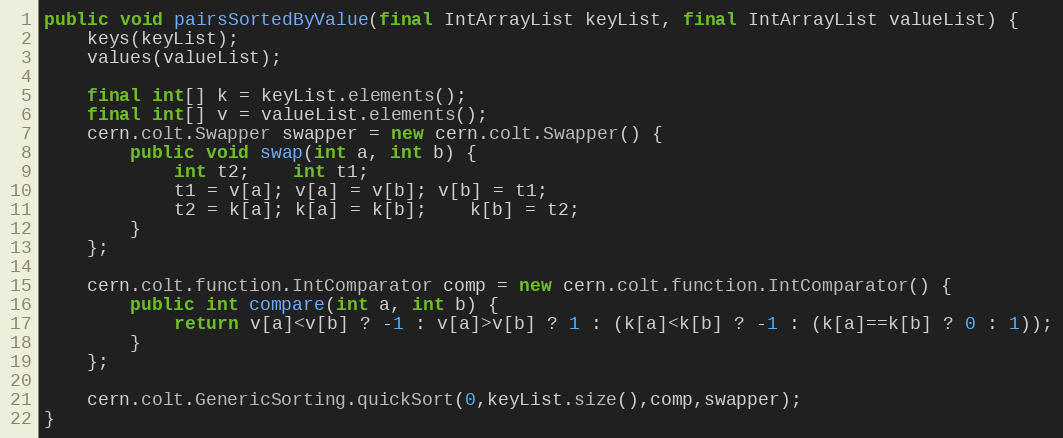
Language: Java
public void pairsSortedByValue(final IntArrayList keyList, final IntArrayList valueList) {
	keys(keyList);
	values(valueList);

	final int[] k = keyList.elements();
	final int[] v = valueList.elements();
	cern.colt.Swapper swapper = new cern.colt.Swapper() {
		public void swap(int a, int b) {
			int t2;	int t1;
			t1 = v[a]; v[a] = v[b]; v[b] = t1;
			t2 = k[a]; k[a] = k[b];	k[b] = t2;
		}
	};

	cern.colt.function.IntComparator comp = new cern.colt.function.IntComparator() {
		public int compare(int a, int b) {
			return v[a]<v[b] ? -1 : v[a]>v[b] ? 1 : (k[a]<k[b] ? -1 : (k[a]==k[b] ? 0 : 1));
		}
	};

	cern.colt.GenericSorting.quickSort(0,keyList.size(),comp,swapper);
}